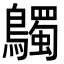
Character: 𪇆